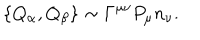
\{ Q _ { \alpha } , Q _ { \beta } \} \sim \Gamma ^ { \mu \nu } P _ { \mu } n _ { \nu } .